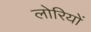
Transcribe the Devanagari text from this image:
लोरियों